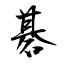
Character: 碁